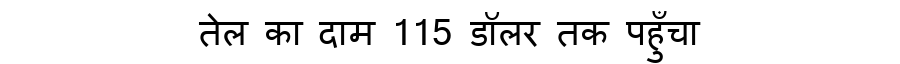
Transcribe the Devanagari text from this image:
तेल का दाम 115 डॉलर तक पहुँचा